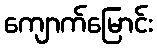
ကျောက်မြောင်း